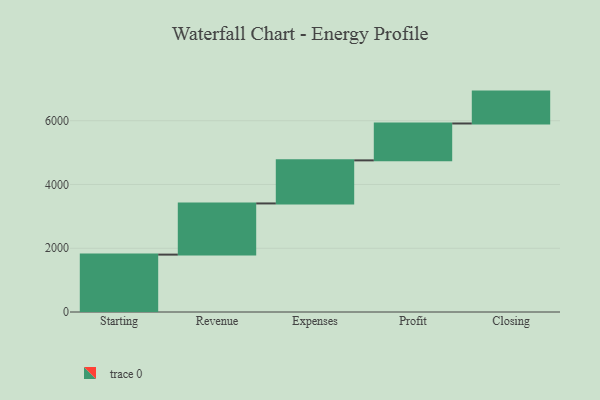
{"axis": {"x": "Step", "y": "Value"}, "legend": [""], "data": [{"x": "Starting", "y": 1800.0, "type": ""}, {"x": "Revenue", "y": 1605.0, "type": ""}, {"x": "Expenses", "y": 1351.0, "type": ""}, {"x": "Profit", "y": 1157.0, "type": ""}, {"x": "Closing", "y": 1000, "type": ""}]}